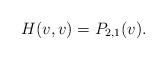
LaTeX: \begin{align*} H(v,v)=P_{2,1}(v).\end{align*}